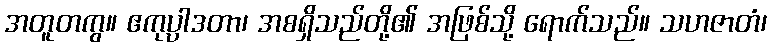
အတူတကွ။ ဧကုပ္ပါဒတာ၊ အစရှိသည်တို့၏ အဖြစ်သို့ ရောက်သည်။ သဟဇာတံ၊